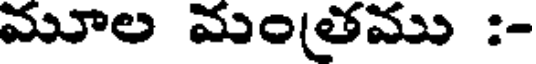
మూల మంతము :-